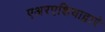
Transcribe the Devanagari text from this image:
एअरएशियाद्वारे